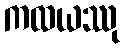
ကထယဿု